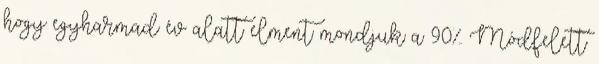
hogy egyharmad év alatt elment mondjuk a 90%. Módfelett